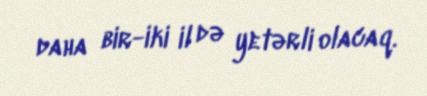
daha bir-iki il də yetərli olacaq.